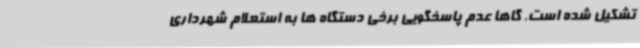
تشکیل شده است. گاها عدم پاسخگویی برخی دستگاه ها به استعلام شهرداری